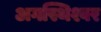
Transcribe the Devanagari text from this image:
अगस्थिश्वर